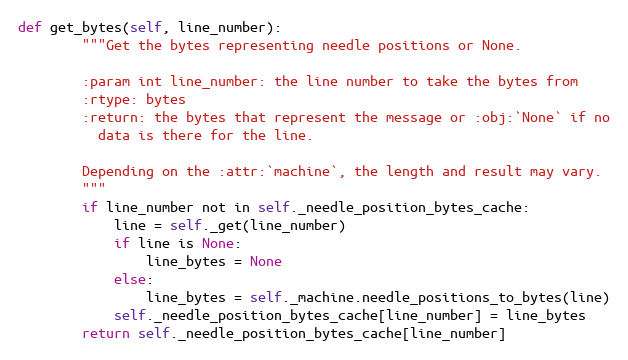
Language: Python
def get_bytes(self, line_number):
        """Get the bytes representing needle positions or None.

        :param int line_number: the line number to take the bytes from
        :rtype: bytes
        :return: the bytes that represent the message or :obj:`None` if no
          data is there for the line.

        Depending on the :attr:`machine`, the length and result may vary.
        """
        if line_number not in self._needle_position_bytes_cache:
            line = self._get(line_number)
            if line is None:
                line_bytes = None
            else:
                line_bytes = self._machine.needle_positions_to_bytes(line)
            self._needle_position_bytes_cache[line_number] = line_bytes
        return self._needle_position_bytes_cache[line_number]